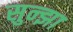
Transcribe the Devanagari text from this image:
सुन्झा